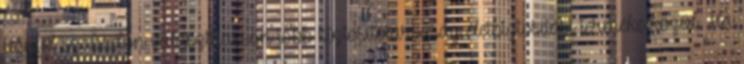
ügyfél szabadon választhasson több biztosítótársaság életbiztosítási terméke közül. Ha